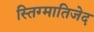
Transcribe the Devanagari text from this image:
स्तिग्मातिजेद